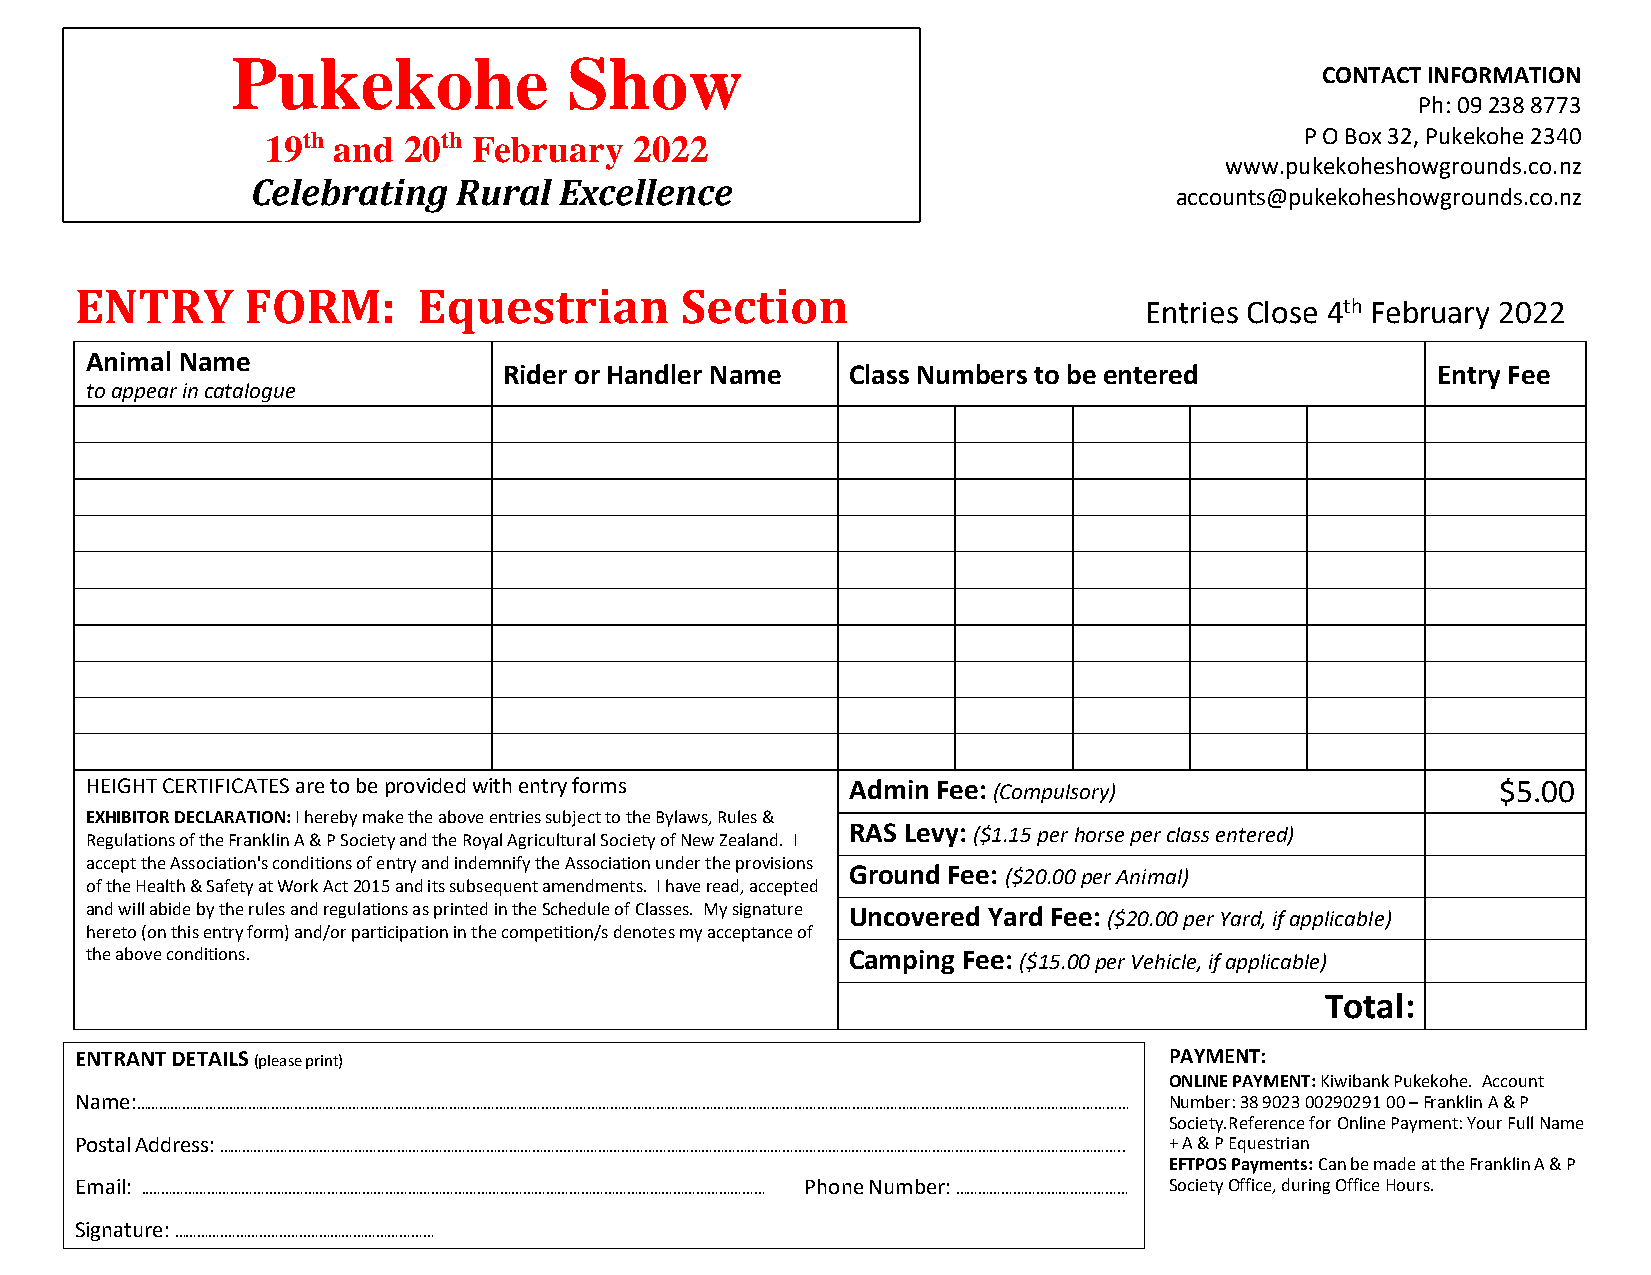
Pukekohe               Show
 CONTACT INFORMATION
 Ph: 09 238 8773
 19th and 20th February  2022                                        P O Box 32, Pukekohe 2340
 www.pukekoheshowgrounds.co.nz
 Celebrating  Rural  Excellence
 accounts@pukekoheshowgrounds.co.nz
 ENTRY      FORM:       Equestrian       Section
 Entries Close 4th February 2022
 Animal Name
 Rider or Handler Name  Class Numbers to be entered            Entry Fee
 to appear in catalogue
 HEIGHT CERTIFICATES are to be provided with entry forms Admin Fee: (Compulsory)              $5.00
 EXHIBITOR DECLARATION: I hereby make the above entries subject to the Bylaws, Rules &
 RAS Levy: ($1.15 per horse per class entered)
 Regulations of the Franklin A & P Society and the Royal Agricultural Society of New Zealand. I
 accept the Association's conditions of entry and indemnify the Association under the provisions
 Ground Fee: ($20.00 per Animal)
 of the Health & Safety at Work Act 2015 and its subsequent amendments. I have read, accepted
 and will abide by the rules and regulations as printed in the Schedule of Classes. My signature Uncovered Yard Fee: ($20.00 per Yard, if applicable)
 hereto (on this entry form) and/or participation in the competition/s denotes my acceptance of
 the above conditions.                             Camping Fee: ($15.00 per Vehicle, if applicable)
 Total:
 ENTRANT DETAILS (please print)                                          PAYMENT:
 ONLINE PAYMENT: Kiwibank Pukekohe. Account
 Name:…………………..…………………..…………………..……………………………………………………………………………………………………………………………………………………………………… Number: 38 9023 00290291 00 – Franklin A & P
 Society. Reference for Online Payment: Your Full Name
 Postal Address: ………………..…………………..…………………..…………………..……………………………………………………………………………………………………………………………….. + A & P Equestrian
 EFTPOS Payments: Can be made at the Franklin A & P
 Email: ..…………………………..…..…………………………………………………………………………………………………………… Phone Number: ……………………………………… Society Office, during Office Hours.
 Signature: ………….………..…..…..……………………………